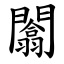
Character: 闟